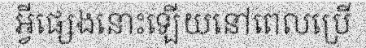
អ្វីផ្សេងនោះឡើយនៅពេលប្រើ